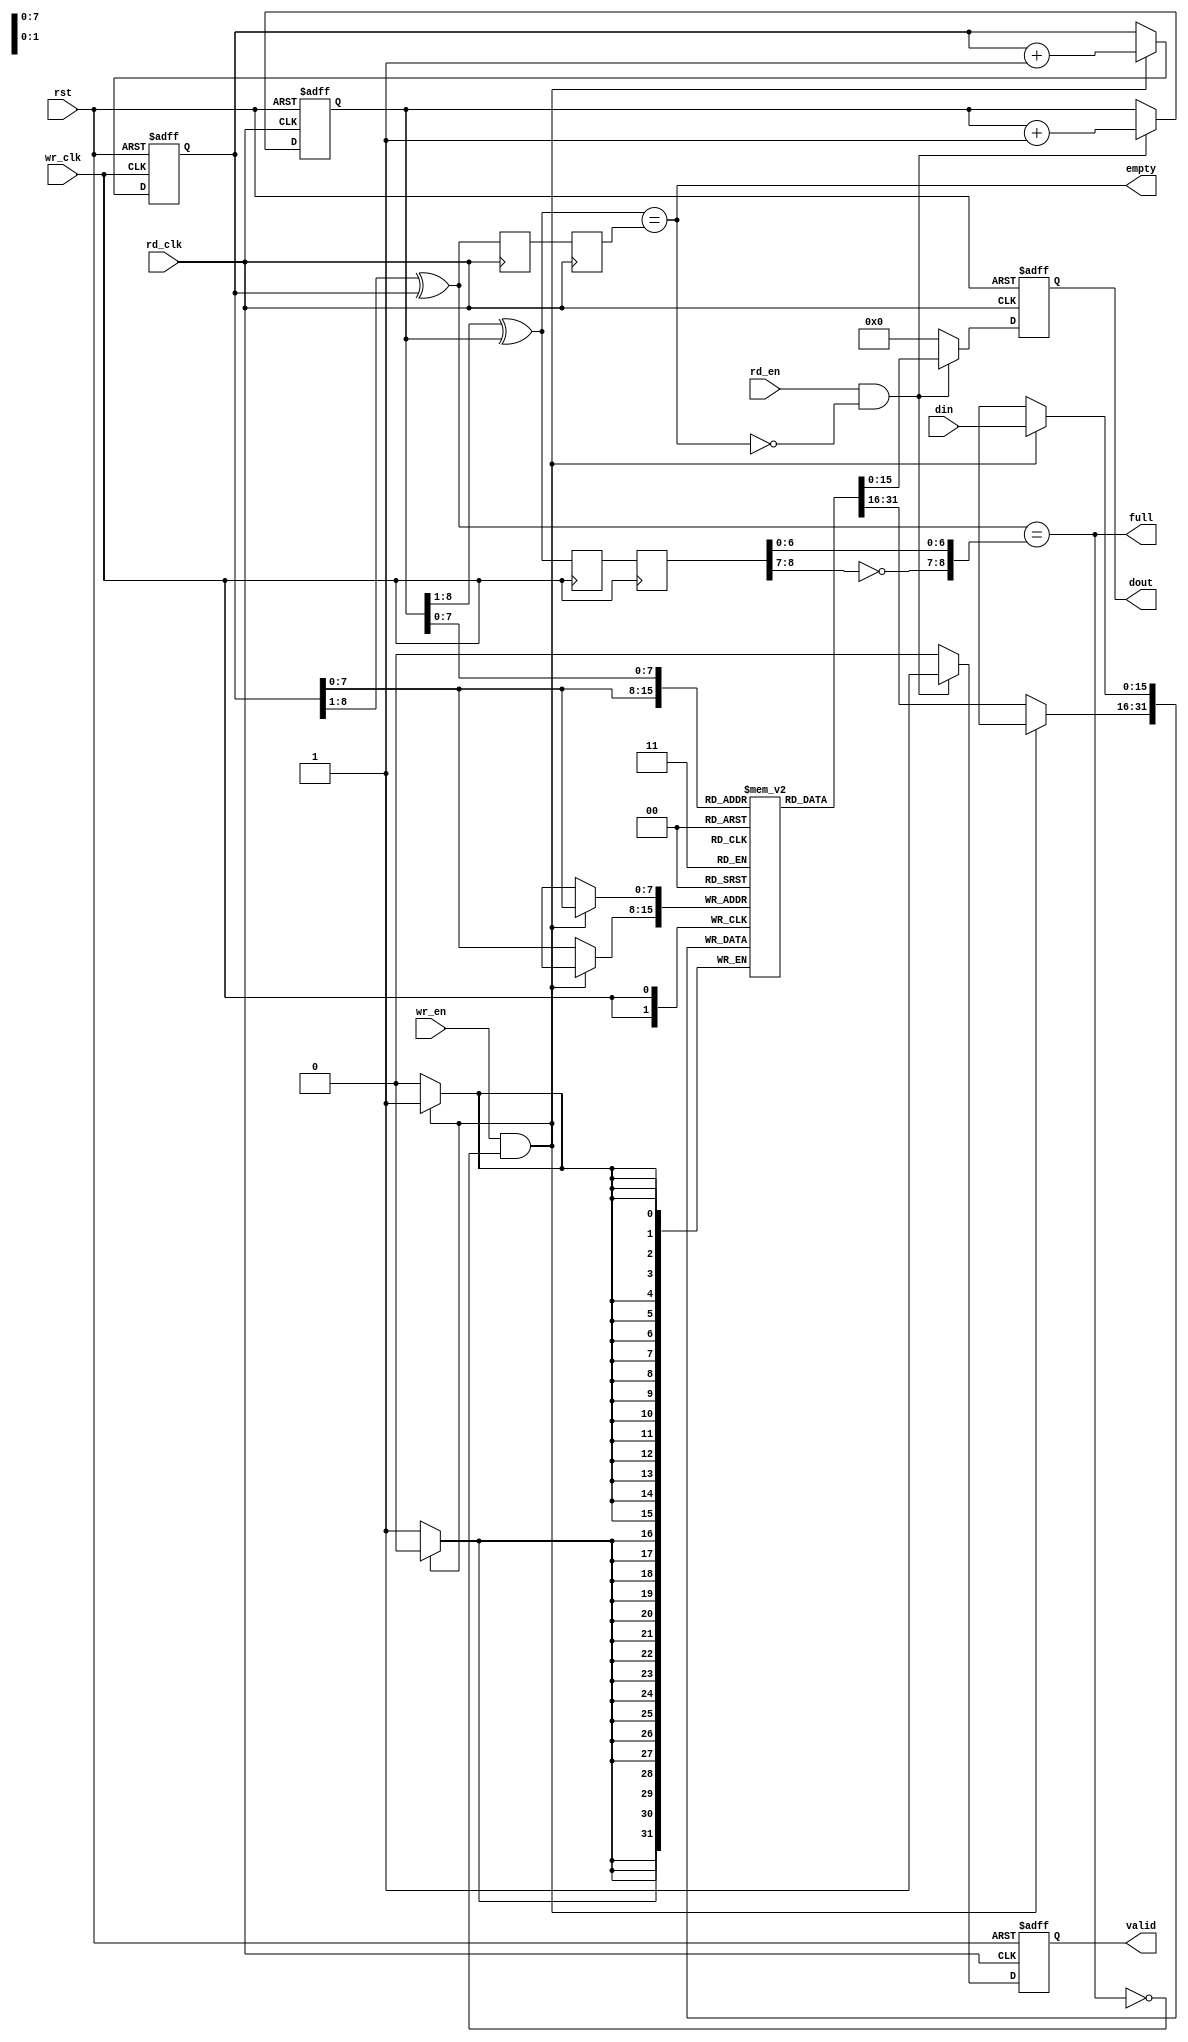
module fifo#(
    parameter   data_width = 16,
    parameter   data_depth = 256,
    parameter   addr_width = 8
)
(
    input                           rst,
    input                           wr_clk,
    input                           wr_en,
    input      [data_width-1:0]     din,         
    input                           rd_clk,
    input                           rd_en,
    output reg                     valid = 0,
    output reg [data_width-1:0]     dout = 0,
    output                          empty,
    output                          full
    );

reg    [addr_width:0]    wr_addr_ptr = 0;//MSB
reg    [addr_width:0]    rd_addr_ptr = 0;
wire   [addr_width-1:0]  wr_addr;//RAM 
wire   [addr_width-1:0]  rd_addr;

wire   [addr_width:0]    wr_addr_gray;//
reg    [addr_width:0]    wr_addr_gray_d1 = 0;
reg    [addr_width:0]    wr_addr_gray_d2 = 0;
wire   [addr_width:0]    rd_addr_gray;
reg    [addr_width:0]    rd_addr_gray_d1 = 0;
reg    [addr_width:0]    rd_addr_gray_d2 = 0;

reg [data_width-1:0] fifo_ram [data_depth-1:0];

//=========================================================write fifo 
//genvar i;
//generate 
//for(i = 0; i < data_depth; i = i + 1 )
//begin:fifo_init
//always@(posedge wr_clk or posedge rst)
//    begin
//       if(rst)
//          fifo_ram[i] <= 'h0;//fifo0ram
//       else if(wr_en && (~full))
//          fifo_ram[wr_addr] <= din;
//       else
//          fifo_ram[wr_addr] <= fifo_ram[wr_addr];
//    end   
//end    
//endgenerate    

//
always@(posedge wr_clk)
begin
    if(wr_en && (~full))
        fifo_ram[wr_addr] <= din;
    else
        fifo_ram[wr_addr] <= fifo_ram[wr_addr];
end

//========================================================read_fifo
always@(posedge rd_clk or posedge rst)
   begin
      if(rst)
         begin
            dout <= 'h0;
            valid <= 1'b0;
         end
      else if(rd_en && (~empty))
         begin
            dout <= fifo_ram[rd_addr];
            valid <= 1'b1;
         end
      else
         begin
            dout <=   'h0;//fifo0ram0
            valid <= 1'b0;
         end
   end
assign wr_addr = wr_addr_ptr[addr_width-1-:addr_width];
assign rd_addr = rd_addr_ptr[addr_width-1-:addr_width];
//=============================================================
always@(posedge wr_clk )
   begin
      rd_addr_gray_d1 <= rd_addr_gray;
      rd_addr_gray_d2 <= rd_addr_gray_d1;
   end
always@(posedge wr_clk or posedge rst)
   begin
      if(rst)
         wr_addr_ptr <= 'h0;
      else if(wr_en && (~full))
         wr_addr_ptr <= wr_addr_ptr + 1;
      else 
         wr_addr_ptr <= wr_addr_ptr;
   end
//=========================================================rd_clk
always@(posedge rd_clk )
      begin
         wr_addr_gray_d1 <= wr_addr_gray;
         wr_addr_gray_d2 <= wr_addr_gray_d1;
      end
always@(posedge rd_clk or posedge rst)
   begin
      if(rst)
         rd_addr_ptr <= 'h0;
      else if(rd_en && (~empty))
         rd_addr_ptr <= rd_addr_ptr + 1;
      else 
         rd_addr_ptr <= rd_addr_ptr;
   end

//========================================================== translation gary code
assign wr_addr_gray = (wr_addr_ptr >> 1) ^ wr_addr_ptr;
assign rd_addr_gray = (rd_addr_ptr >> 1) ^ rd_addr_ptr;

assign full = (wr_addr_gray == {~(rd_addr_gray_d2[addr_width-:2]),rd_addr_gray_d2[addr_width-2:0]}) ;//
assign empty = ( rd_addr_gray == wr_addr_gray_d2 );

endmodule